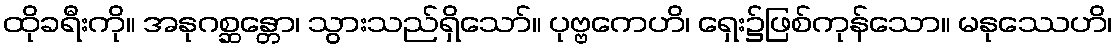
ထိုခရီးကို။ အနုဂစ္ဆန္တော၊ သွားသည်ရှိသော်။ ပုဗ္ဗကေဟိ၊ ရှေး၌ဖြစ်ကုန်သော။ မနုဿေဟိ၊